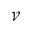
\mathcal { V }